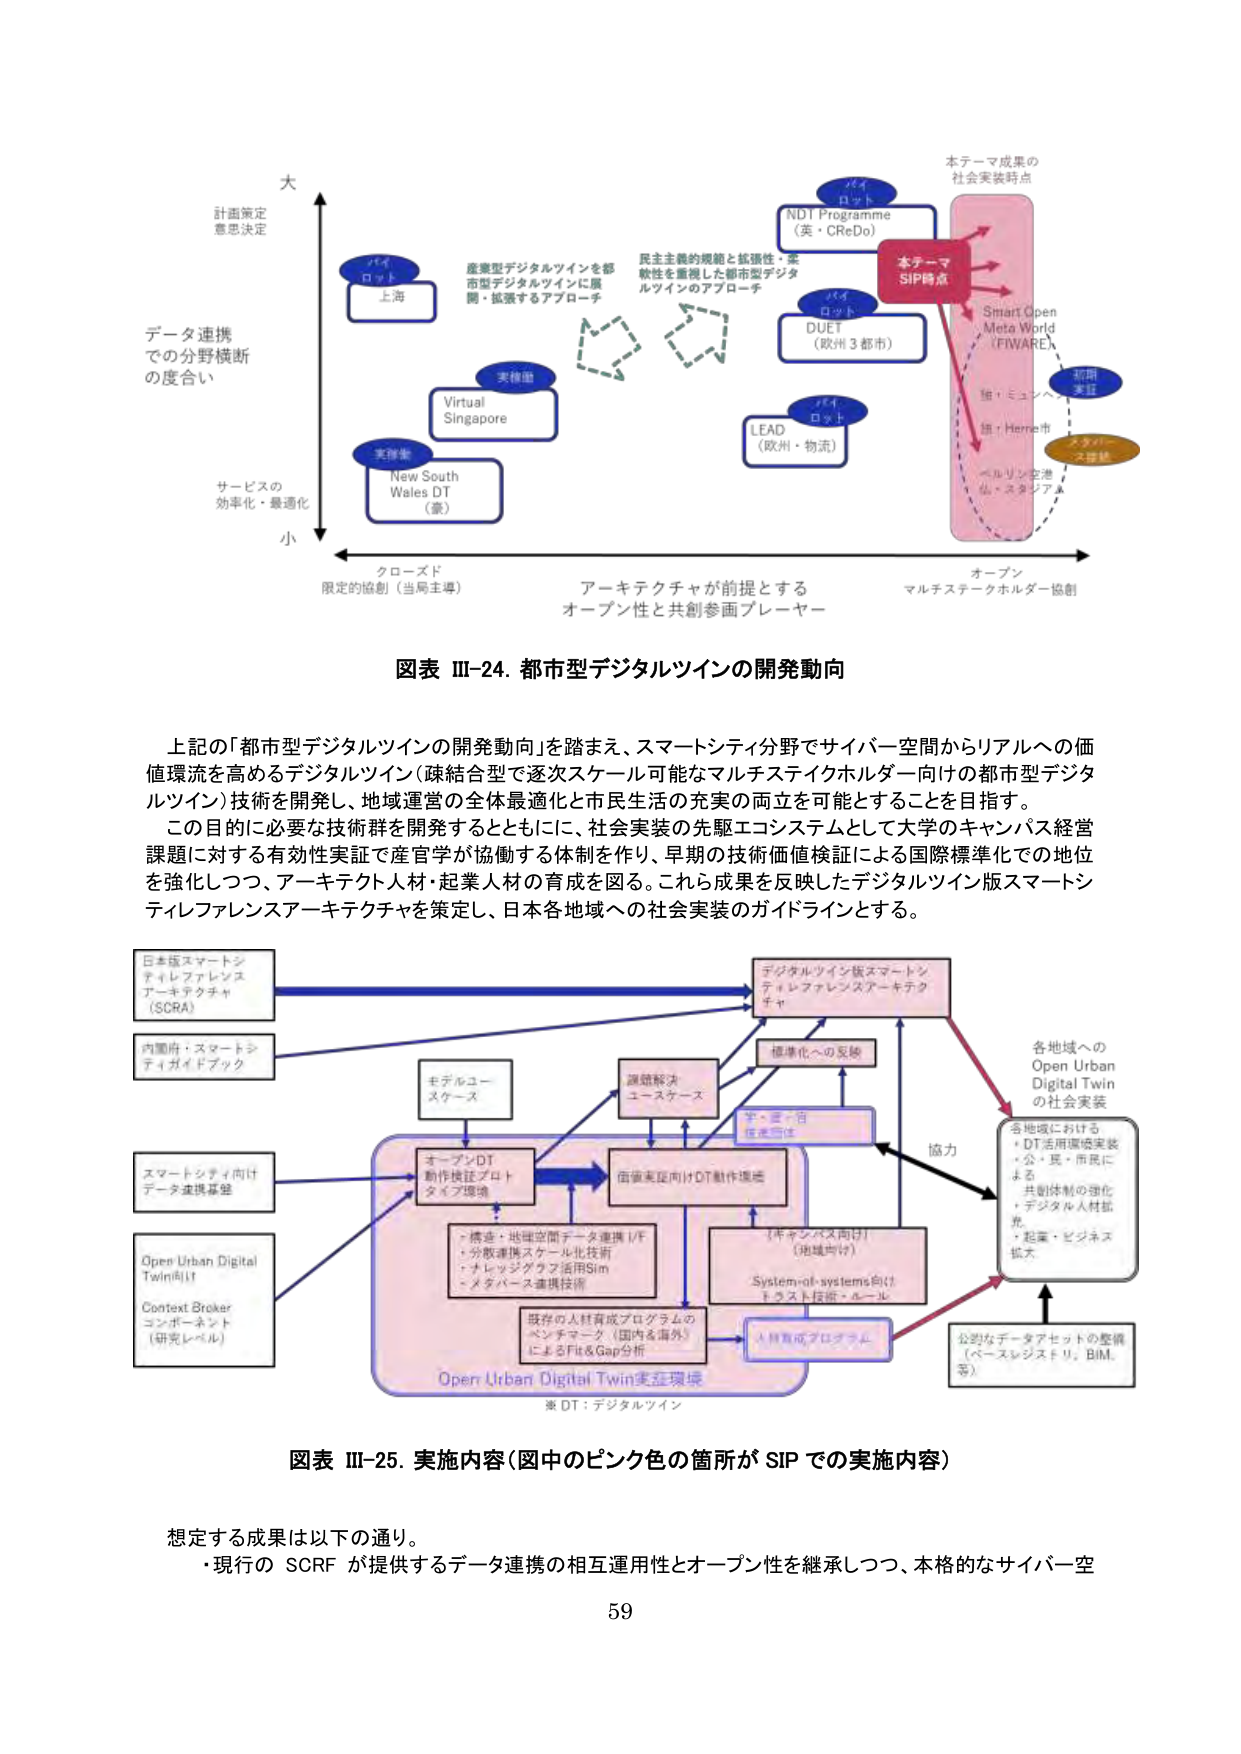
大
計画策定
意思決定

データ連携
での分野横断
の度合い

サービスの
効率化・最適化

小

クローズド
限定的協創（当局主導）

アーキテクチャが前提とする
オープン性と共創参画プレーヤー

オープン
マルチステークホルダー協創

パイロット
上海

産業型デジタルツインを都市型デジタルツインに展開・拡張するアプローチ

実施国
Virtual Singapore

実施国
New South Wales DT（豪）

パイロット
NDI Programme（英・CReDo）

民主主義的規範と拡張性・柔軟性を重視した都市型デジタルツインのアプローチ

パイロット
DUET（欧州3都市）

パイロット
LEAD（欧州・物流）

本テーマ
SIP時点

本テーマ成果の
社会実装時点

Smart Open Meta World（FIVARE）

短期
実証

錦：ミュンヘン
錦：Heme市

スケールアップ実証

ベルリン空港
仙：スタンフォード

図表 III-24. 都市型デジタルツインの開発動向

上記の「都市型デジタルツインの開発動向」を踏まえ、スマートシティ分野でサイバー空間からリアルへの価値環流を高めるデジタルツイン（疎結合型で逐次スケール可能なマルチステイクホルダー向けの都市型デジタルツイン）技術を開発し、地域運営の全体最適化と市民生活の充実の両立を可能とすることを目指す。
この目的に必要な技術群を開発するとともに、社会実装の先駆エコシステムとして大学のキャンパス経営課題に対する有効性実証で産官学が協働する体制を作り、早期の技術価値検証による国際標準化での地位を強化しつつ、アーキテクト人材・起業人材の育成を図る。これら成果を反映したデジタルツイン版スマートシティレファレンスアーキテクチャを策定し、日本各地域への社会実装のガイドラインとする。

日本版スマートシティレファレンスアーキテクチャ（SCRA）

内閣府：スマートシティガイドブック

スマートシティ向けデータ連携基盤

Open Urban Digital Twin向け
Context Brokerコンポーネント（研究レベル）

モデルユースケース

課題解決ユースケース

標準化への反映

デジタルツイン版スマートシティレファレンスアーキテクチャ

オープンDT動作検証プロトタイプ環境

・構造・地理空間データ連携I/F
・分散連携スケール化技術
・ナレッジグラフ活用Sim
・メタバース連携技術

価値実証向けDT動作環境

（キッパベ向け）（地域向け）

System-of-systems向け
テスト技術・ルール

既存の人材育成プログラムのベンチマーク（国内＆海外）によるFit&Gap分析

人材育成プログラム

Open Urban Digital Twin実証環境

※ DT：デジタルツイン

各地域への
Open Urban Digital Twin
の社会実装

各地域における
・DT活用環境実装
・公・民・市民による共創体制の強化
・デジタル人材拡充
・起業・ビジネス拡大

公的なデータアセットの整備（ベースレンスF.I.、BIM、等）

協力

図表 III-25. 実施内容（図中のピンク色の箇所が SIP での実施内容）

想定する成果は以下の通り。
・現行の SCRF が提供するデータ連携の相互運用性とオープン性を継承しつつ、本格的なサイバー空

59